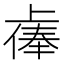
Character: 𫠷